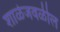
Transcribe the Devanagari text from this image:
शाळेजवळील